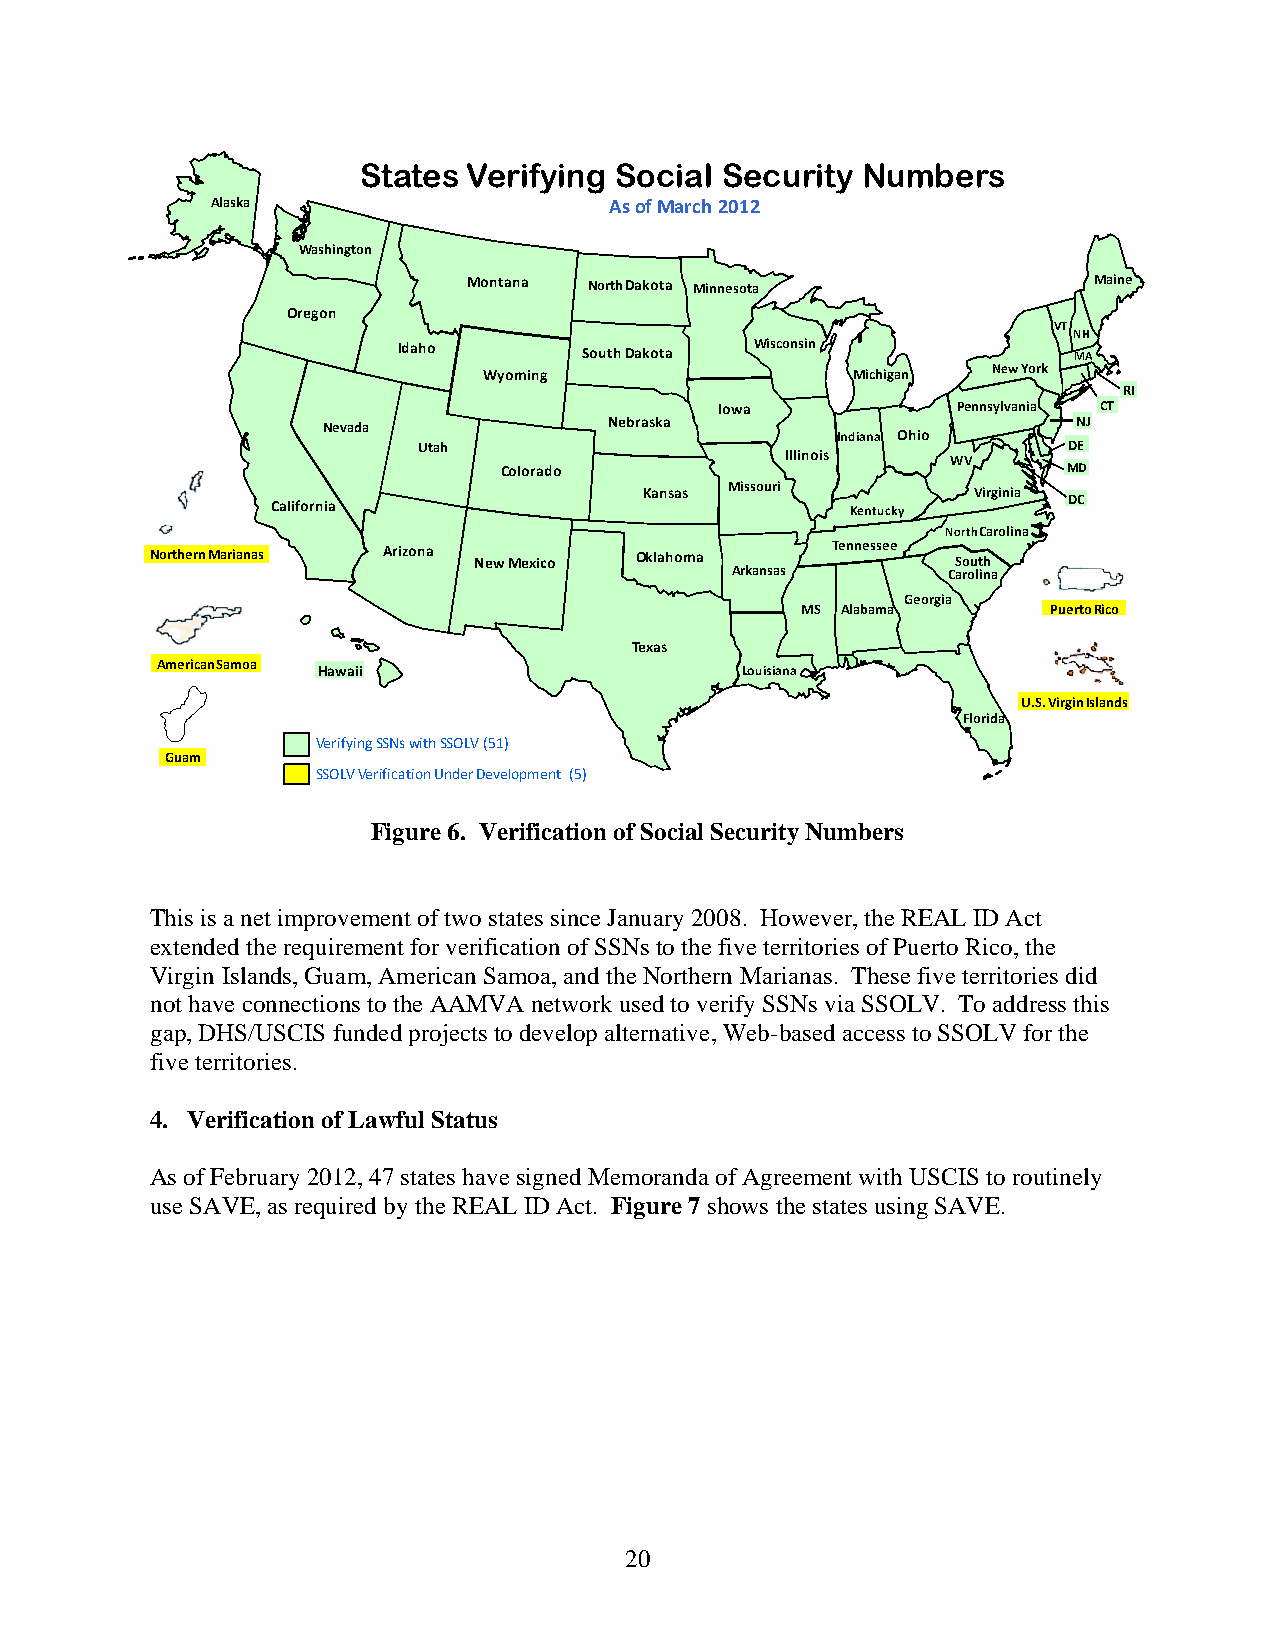
States Verifying Social Security Numbers
 Alaska                    As of March 2012
 Washington
 Montana North Dakota Minnesota           Maine
 Oregon
 VT
 NH
 Idaho        South Dakota Wisconsin          MA
 Wyoming                 Michigan  New York
 RI
 Iowa           Pennsylvania CT
 Nevada             Nebraska                       NJ
 Indiana Ohio
 Utah                                       DE
 Illinois
 WV
 Colorado                              MD
 Kansas Missouri       Virginia
 DC
 California                            Kentucky
 North Carolina
 Northern Marianas Arizona New Mexico Oklahoma Tennessee South
 Arkansas       Carolina
 Georgia
 MS Alabama       Puerto Rico
 Texas
 American Samoa
 Hawaii                      Louisiana
 U.S. Virgin Islands
 Florida
 Verifying SSNs with SSOLV (51)
 Guam
 SSOLV Verification Under Development (5)
 Figure 6. Verification of Social Security Numbers
 This is a net improvement of two states since January 2008. However, the REAL ID Act
 extended the requirement for verification of SSNs to the five territories of Puerto Rico, the
 Virgin Islands, Guam, American Samoa, and the Northern Marianas. These five territories did
 not have connections to the AAMVA network used to verify SSNs via SSOLV. To address this
 gap, DHS/USCIS funded projects to develop alternative, Web-based access to SSOLV for the
 five territories.
 4. Verification of Lawful Status
 As of February 2012, 47 states have signed Memoranda of Agreement with USCIS to routinely
 use SAVE, as required by the REAL ID Act. Figure 7 shows the states using SAVE.
 20